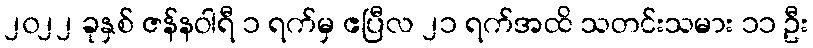
၂၀၂၂ ခုနှစ် ဇန်နဝါရီ ၁ ရက်မှ ဧပြီလ ၂၁ ရက်အထိ သတင်းသမား ၁၁ ဦး